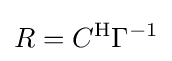
R=C^{\mathrm {H} }\Gamma ^{-1}